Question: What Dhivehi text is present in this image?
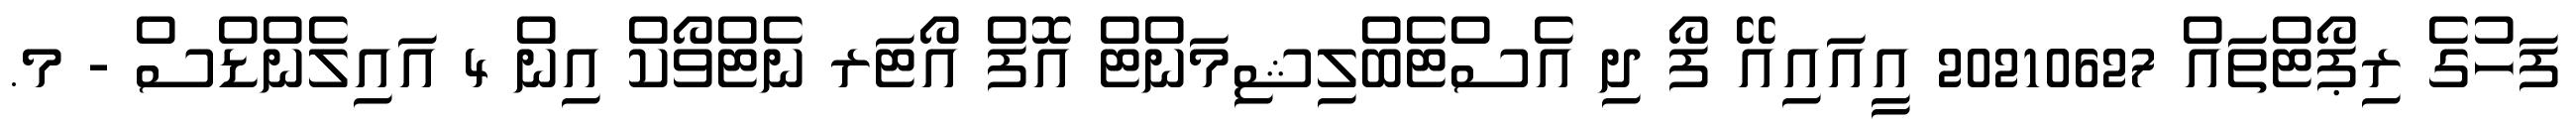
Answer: ފަހުގެ ރިޕޯޓްތައް 20210627 އީއައިއޭ ފޯ ދި އެސްޓެބްލިޝިމަންޓް އޮފް އޯޓަރ ނެޓްވޯކް އިން 4 އައިލެންޑްސް - މ.